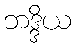
ဘဒ္ဒိယ